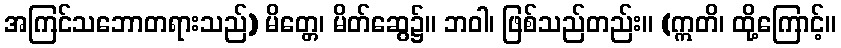
အကြင်သဘောတရားသည်) မိတ္တေ၊ မိတ်ဆွေ၌။ ဘဝါ၊ ဖြစ်သည်တည်း။ (ဣတိ၊ ထို့ကြောင့်။